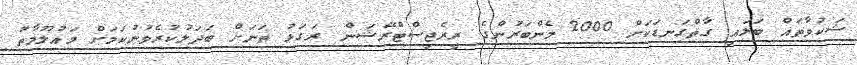
ޝަކުވާތައް ބަލައި ގާތްގަނޑަކަށް 2000 މެންބަރުންގެ ރީރެޖިސްޓްރޭޝަން ރަގަޅު ތަނަށް ބަދަލުކުރެވުނުކަމަށް މައުލޫމާތު